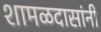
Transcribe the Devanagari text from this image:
शामळदासांनी